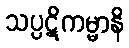
သပ္ပဋိကမ္မာနိ